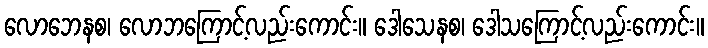
လောဘေနစ၊ လောဘကြောင့်လည်းကောင်း။ ဒေါသေနစ၊ ဒေါသကြောင့်လည်းကောင်း။